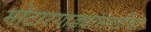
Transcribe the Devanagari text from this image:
मोटारगाड्यांसाठीचा